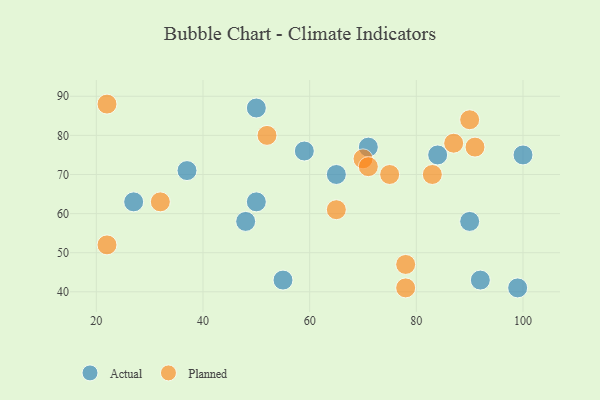
{"axis": {"x": "GDP", "y": "Life Expectancy"}, "legend": ["Actual", "Planned"], "data": [{"x": "84", "y": 75, "type": "Actual"}, {"x": "99", "y": 41, "type": "Actual"}, {"x": "55", "y": 43, "type": "Actual"}, {"x": "59", "y": 76, "type": "Actual"}, {"x": "48", "y": 58, "type": "Actual"}, {"x": "50", "y": 63, "type": "Actual"}, {"x": "27", "y": 63, "type": "Actual"}, {"x": "37", "y": 71, "type": "Actual"}, {"x": "92", "y": 43, "type": "Actual"}, {"x": "90", "y": 58, "type": "Actual"}, {"x": "65", "y": 70, "type": "Actual"}, {"x": "71", "y": 77, "type": "Actual"}, {"x": "50", "y": 87, "type": "Actual"}, {"x": "100", "y": 75, "type": "Actual"}, {"x": "22", "y": 88, "type": "Planned"}, {"x": "78", "y": 41, "type": "Planned"}, {"x": "78", "y": 47, "type": "Planned"}, {"x": "52", "y": 80, "type": "Planned"}, {"x": "70", "y": 74, "type": "Planned"}, {"x": "87", "y": 78, "type": "Planned"}, {"x": "22", "y": 52, "type": "Planned"}, {"x": "83", "y": 70, "type": "Planned"}, {"x": "75", "y": 70, "type": "Planned"}, {"x": "91", "y": 77, "type": "Planned"}, {"x": "65", "y": 61, "type": "Planned"}, {"x": "32", "y": 63, "type": "Planned"}, {"x": "71", "y": 72, "type": "Planned"}, {"x": "90", "y": 84, "type": "Planned"}]}